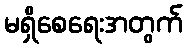
မရှိစေရေးအတွက်